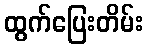
ထွက်ပြေးတိမ်း